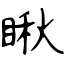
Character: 瞅